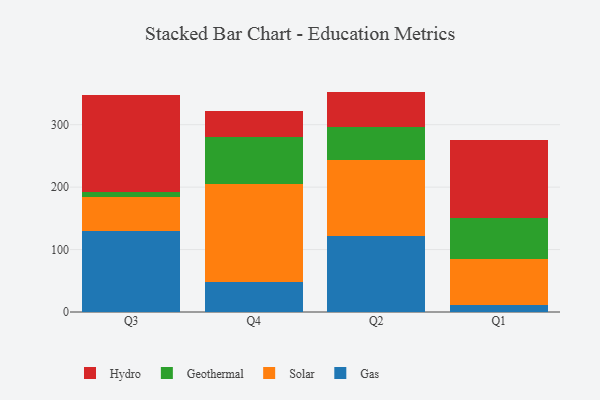
{"axis": {"x": "Quarter", "y": "Page Views"}, "legend": ["Gas", "Geothermal", "Hydro", "Solar"], "data": [{"x": "Q3", "y": 129.0, "type": "Gas"}, {"x": "Q3", "y": 54.4, "type": "Solar"}, {"x": "Q3", "y": 8.2, "type": "Geothermal"}, {"x": "Q3", "y": 156.4, "type": "Hydro"}, {"x": "Q4", "y": 48.6, "type": "Gas"}, {"x": "Q4", "y": 157.2, "type": "Solar"}, {"x": "Q4", "y": 75.0, "type": "Geothermal"}, {"x": "Q4", "y": 41.1, "type": "Hydro"}, {"x": "Q2", "y": 121.9, "type": "Gas"}, {"x": "Q2", "y": 122.3, "type": "Solar"}, {"x": "Q2", "y": 51.7, "type": "Geothermal"}, {"x": "Q2", "y": 57.1, "type": "Hydro"}, {"x": "Q1", "y": 10.6, "type": "Gas"}, {"x": "Q1", "y": 74.6, "type": "Solar"}, {"x": "Q1", "y": 65.3, "type": "Geothermal"}, {"x": "Q1", "y": 125.5, "type": "Hydro"}]}